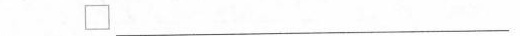
□___